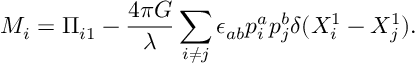
M _ { i } = \Pi _ { i 1 } - \frac { 4 \pi G } { \lambda } \sum _ { i \ne j } \epsilon _ { a b } p _ { i } ^ { a } p _ { j } ^ { b } \delta ( X _ { i } ^ { 1 } - X _ { j } ^ { 1 } ) .